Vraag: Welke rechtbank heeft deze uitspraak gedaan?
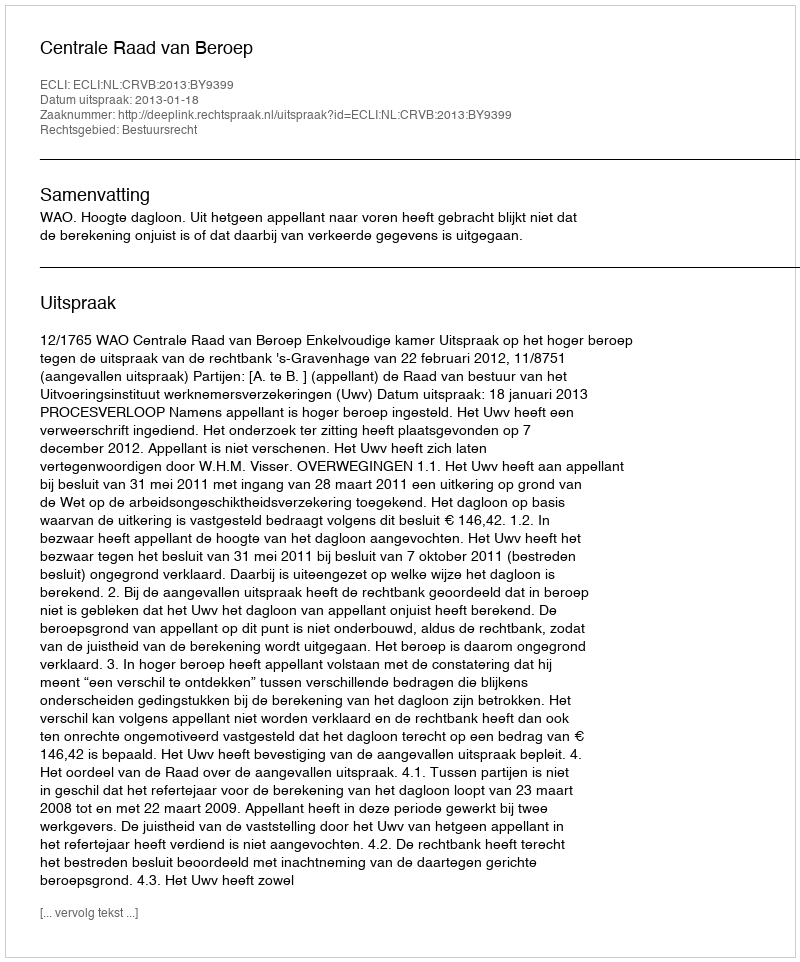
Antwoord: Centrale Raad van Beroep